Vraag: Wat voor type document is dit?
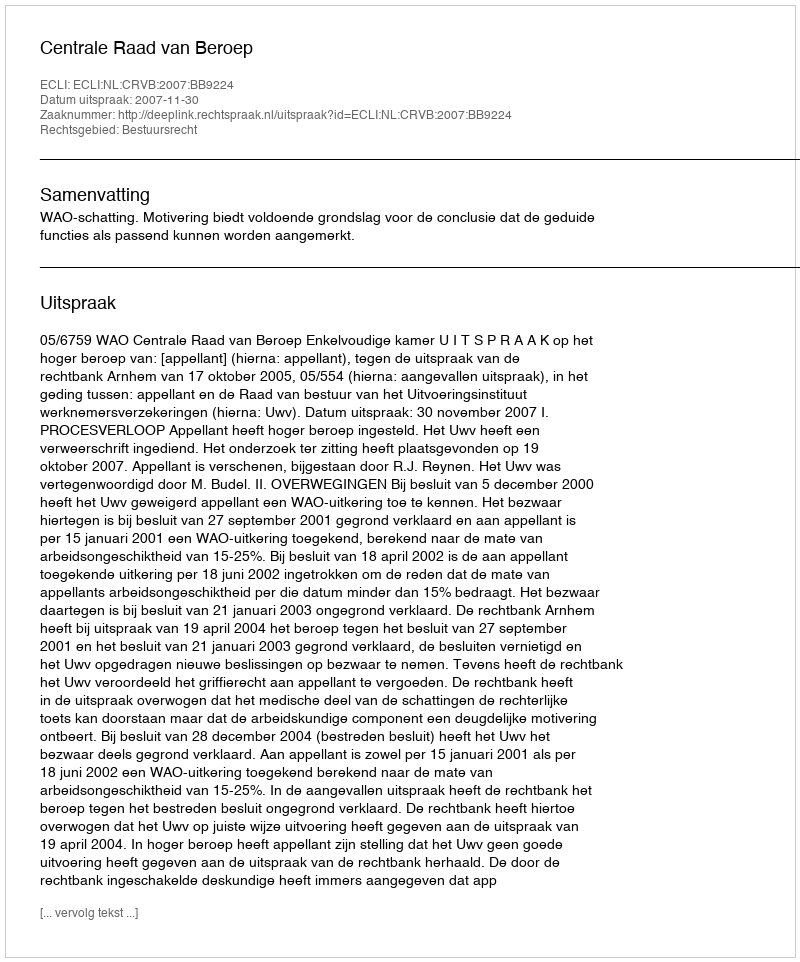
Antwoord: Uitspraak